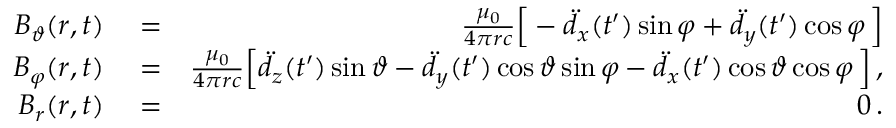
\begin{array} { r l r } { B _ { \vartheta } ( \boldsymbol { r } , t ) } & { { } = } & { \frac { \mu _ { 0 } } { 4 \pi r c } \Big [ - \ddot { d } _ { x } ( t ^ { \prime } ) \sin \varphi + \ddot { d } _ { y } ( t ^ { \prime } ) \cos \varphi \, \Big ] } \\ { B _ { \varphi } ( \boldsymbol { r } , t ) } & { { } = } & { \frac { \mu _ { 0 } } { 4 \pi r c } \Big [ \ddot { d } _ { z } ( t ^ { \prime } ) \sin \vartheta - \ddot { d } _ { y } ( t ^ { \prime } ) \cos \vartheta \sin \varphi - \ddot { d } _ { x } ( t ^ { \prime } ) \cos \vartheta \cos \varphi \, \Big ] \, , } \\ { B _ { r } ( \boldsymbol { r } , t ) } & { { } = } & { 0 \, . } \end{array}